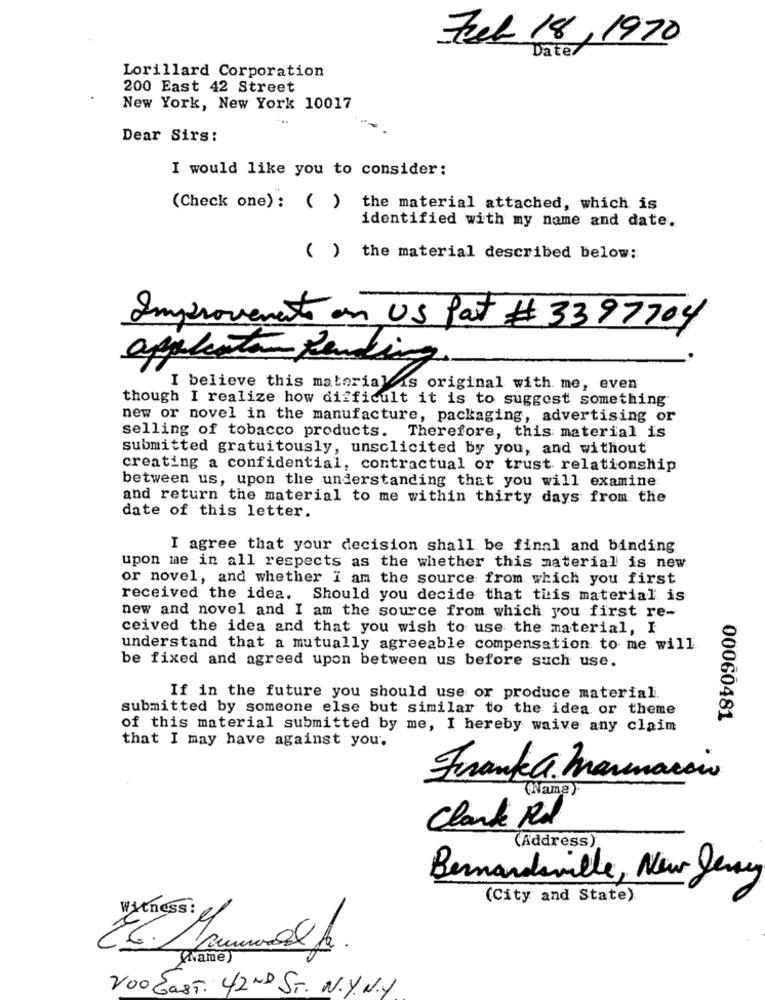
Feb 18,1970
Date/
Lorillard Corporation
200 East 42 Street
New York, New York 10017
Dear Sirs:
I would like you to consider:
(Check one): ( ) the material attached, which is
identified with my name and date.
( ) the material described below:
Improvements on US Pat # 3397704
appelantan Lending.
I believe this material is original with. me, even
though I realize how difficult it is to suggest something
new or novel in the manufacture, packaging, advertising or
selling of tobacco products. Therefore, this material is
submitted gratuitously, unsclicited by you, and without
creating a confidential, contractual or trust relationship
between us, upon the understanding that you will examine
and return the material to me within thirty days from the
date of this letter.
I agree that your decision shall be final and binding
upon me in all respects as the whether this material is new
or novel, and whether i am the source from which you first
received the idea. Should you decide that this material is
new and novel and I am the source from which you first re-
ceived the idea and that you wish to use the material, I
understand that a mutually agreeable compensation to me will.
be fixed and agreed upon between us before such use.
If in the future you should use or produce material.
submitted by someone else but similar to the idea or theme
00060481
of this material submitted by me, I hereby waive any claim
that I may have against you.
Frank a. Marmarano
Clark Rd
(Address)
Bernardiville, New Jersey
(City and State).
Witness:
(Name)
200 East. 42ND ST. N.Y. N.Y.